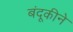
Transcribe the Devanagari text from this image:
बंदूकीने